Document type: Sale
Year: 1355
Scribe: Pere Borrell
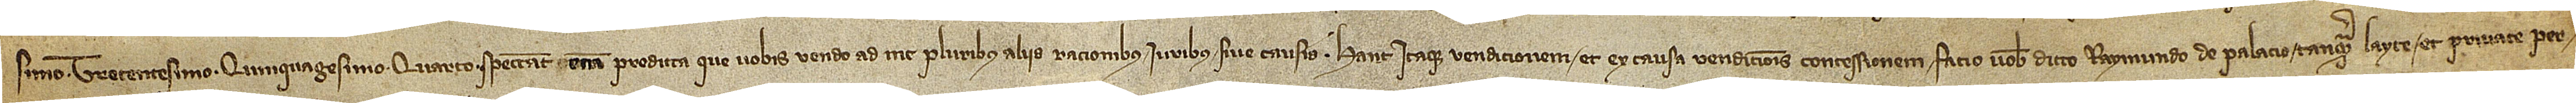
simo trecentesimo quinquagesimo quarto. Spectant etiam predicta que vobis vendo ad me pluribus aliis rationibus, iuribus sive causis. Hanc itaque vendicionem et ex causa vendicionis concessionem facio vobis dicto Raymundo de Palacio, tanquam layce et private per-